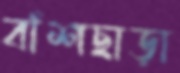
বাঁশছাড়া